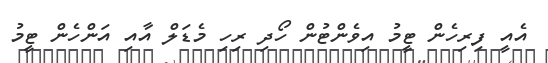
އެއީ ފިރިހެން ޓީމު އިވެންޓުން ހޯދި ރިހި މެޑަލް އާއި އަންހެން ޓީމު